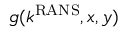
g ( k ^ { \mathrm { R A N S } } , x , y )